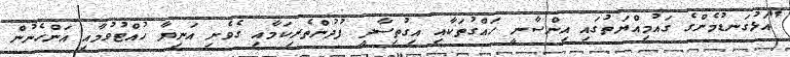
"އަޅުގަނޑުމެންގެ ގައުމިއްޔަތުގައި އިންސާނީ ހައްގުތަކާއި އިގުތިސާދީ ފުދުންތެރިކަމާއި ގެވެށި އަނިޔާ ހުއްޓުވުމާއި އަންހެނުން